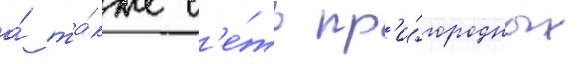
а́ та́кже с'е́ть пр'и́городных